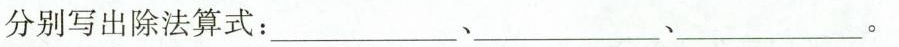
分别写出除法算式：___、___、___。